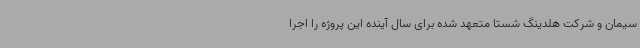
سیمان و شرکت هلدینگ شستا متعهد شده برای سال آینده این پروژه را اجرا